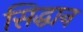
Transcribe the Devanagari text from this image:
सिद्धान